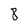
Character: 8